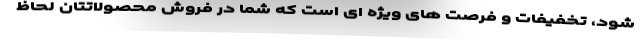
شود، تخفیفات و فرصت های ویژه ای است که شما در فروش محصولاتتان لحاظ